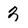
Character: 3